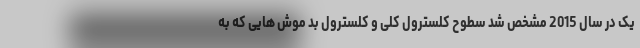
یک در سال 2015 مشخص شد سطوح کلسترول کلی و کلسترول بد موش هایی که به